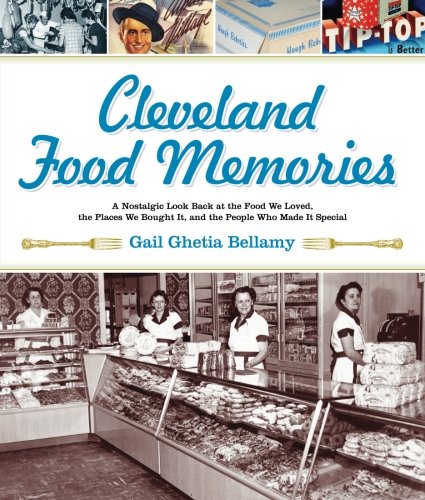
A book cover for Cleveland Food Memories: A Nostalgic Look Back at the Food We Loved, the Places We Bought It, and the People Who Made It Special; Gail Ghetia Bellamy; Cookbooks, Food & Wine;